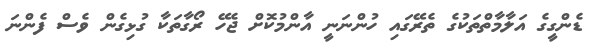
ޑެންގީގެ އަލާމާތްތަކުގެ ތެރޭގައި ހުންނަނީ އާންމުކޮށް ޖެހޭ ރޯގާތަކާ ގުޅިގެން ވެސް ފެންނަ